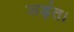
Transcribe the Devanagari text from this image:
लड़ंत।